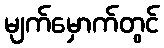
မျက်မှောက်တွင်